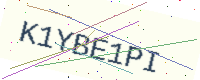
Text: K1YBE1PI